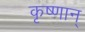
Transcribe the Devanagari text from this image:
कृष्णान्‌